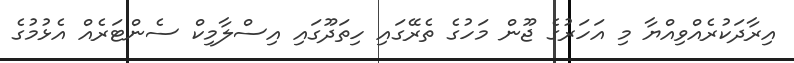
އިރާދަކުރެއްވިއްޔާ މި އަހަރުގެ ޖޫން މަހުގެ ތެރޭގައި ހިތަދޫގައި އިސްލާމިކް ސެންޓަރެއް އެޅުމުގެ